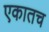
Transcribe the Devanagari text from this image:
एकातच